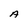
Character: A